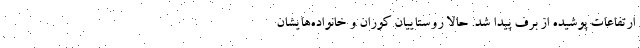
ارتفاعات پوشيده از برف پیدا شد. حالا روستاییان کوران و خانواده‌هایشان